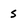
Character: s